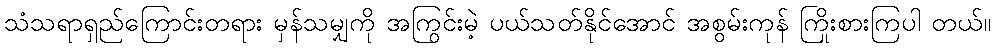
သံသရာရှည်ကြောင်းတရား မှန်သမျှကို အကြွင်းမဲ့ ပယ်သတ်နိုင်အောင် အစွမ်းကုန် ကြိုးစားကြပါ တယ်။